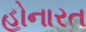
હોનારત